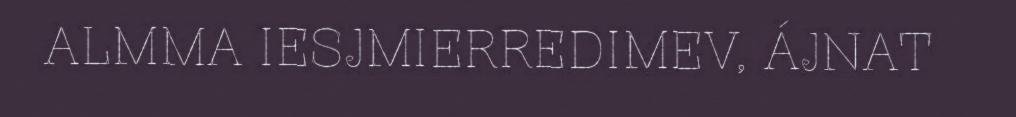
ALMMA IESJMIERREDIMEV, ÁJNAT